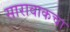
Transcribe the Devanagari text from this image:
सारावाकचा